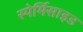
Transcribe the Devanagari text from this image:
स्पेर्मिसाइड